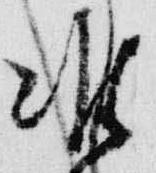
准